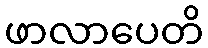
ဖာလာပေတိ